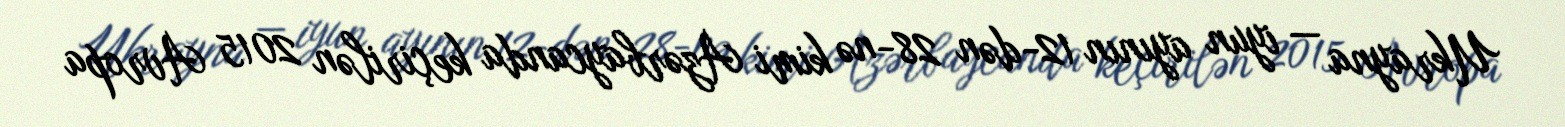
Ukrayna — iyun ayının 12-dən 28-nə kimi Azərbaycanda keçirilən 2015 Avropa